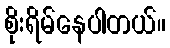
စိုးရိမ်နေပါတယ်။